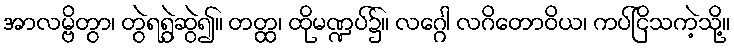
အာလမ္ဗိတွာ၊ တွဲရရွဲဆွဲ၍။ တတ္ထ၊ ထိုမဏ္ဍပ်၌။ လဂ္ဂေါ လဂိတောဝိယ၊ ကပ်ငြိသကဲ့သို့။